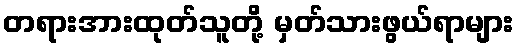
တရားအားထုတ်သူတို့ မှတ်သားဖွယ်ရာများ